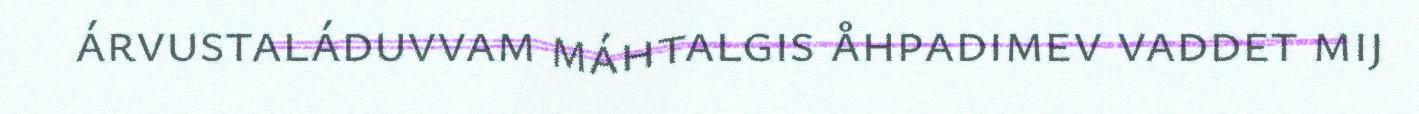
árvustaláduvvam máhtalgis åhpadimev vaddet mij